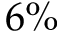
6 \%